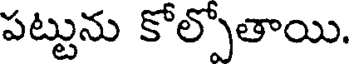
పట్టును కోల్పోతాయి.